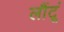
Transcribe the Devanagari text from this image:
लौंटूं